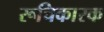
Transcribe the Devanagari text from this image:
रूचिकारक